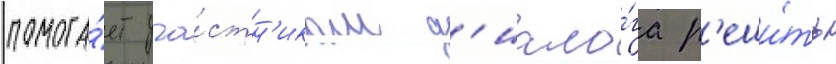
помога́ет уча́стн'икам д'иало́га р'еши́ть